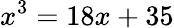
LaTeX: x^{3}=18x+35